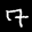
Label: 7